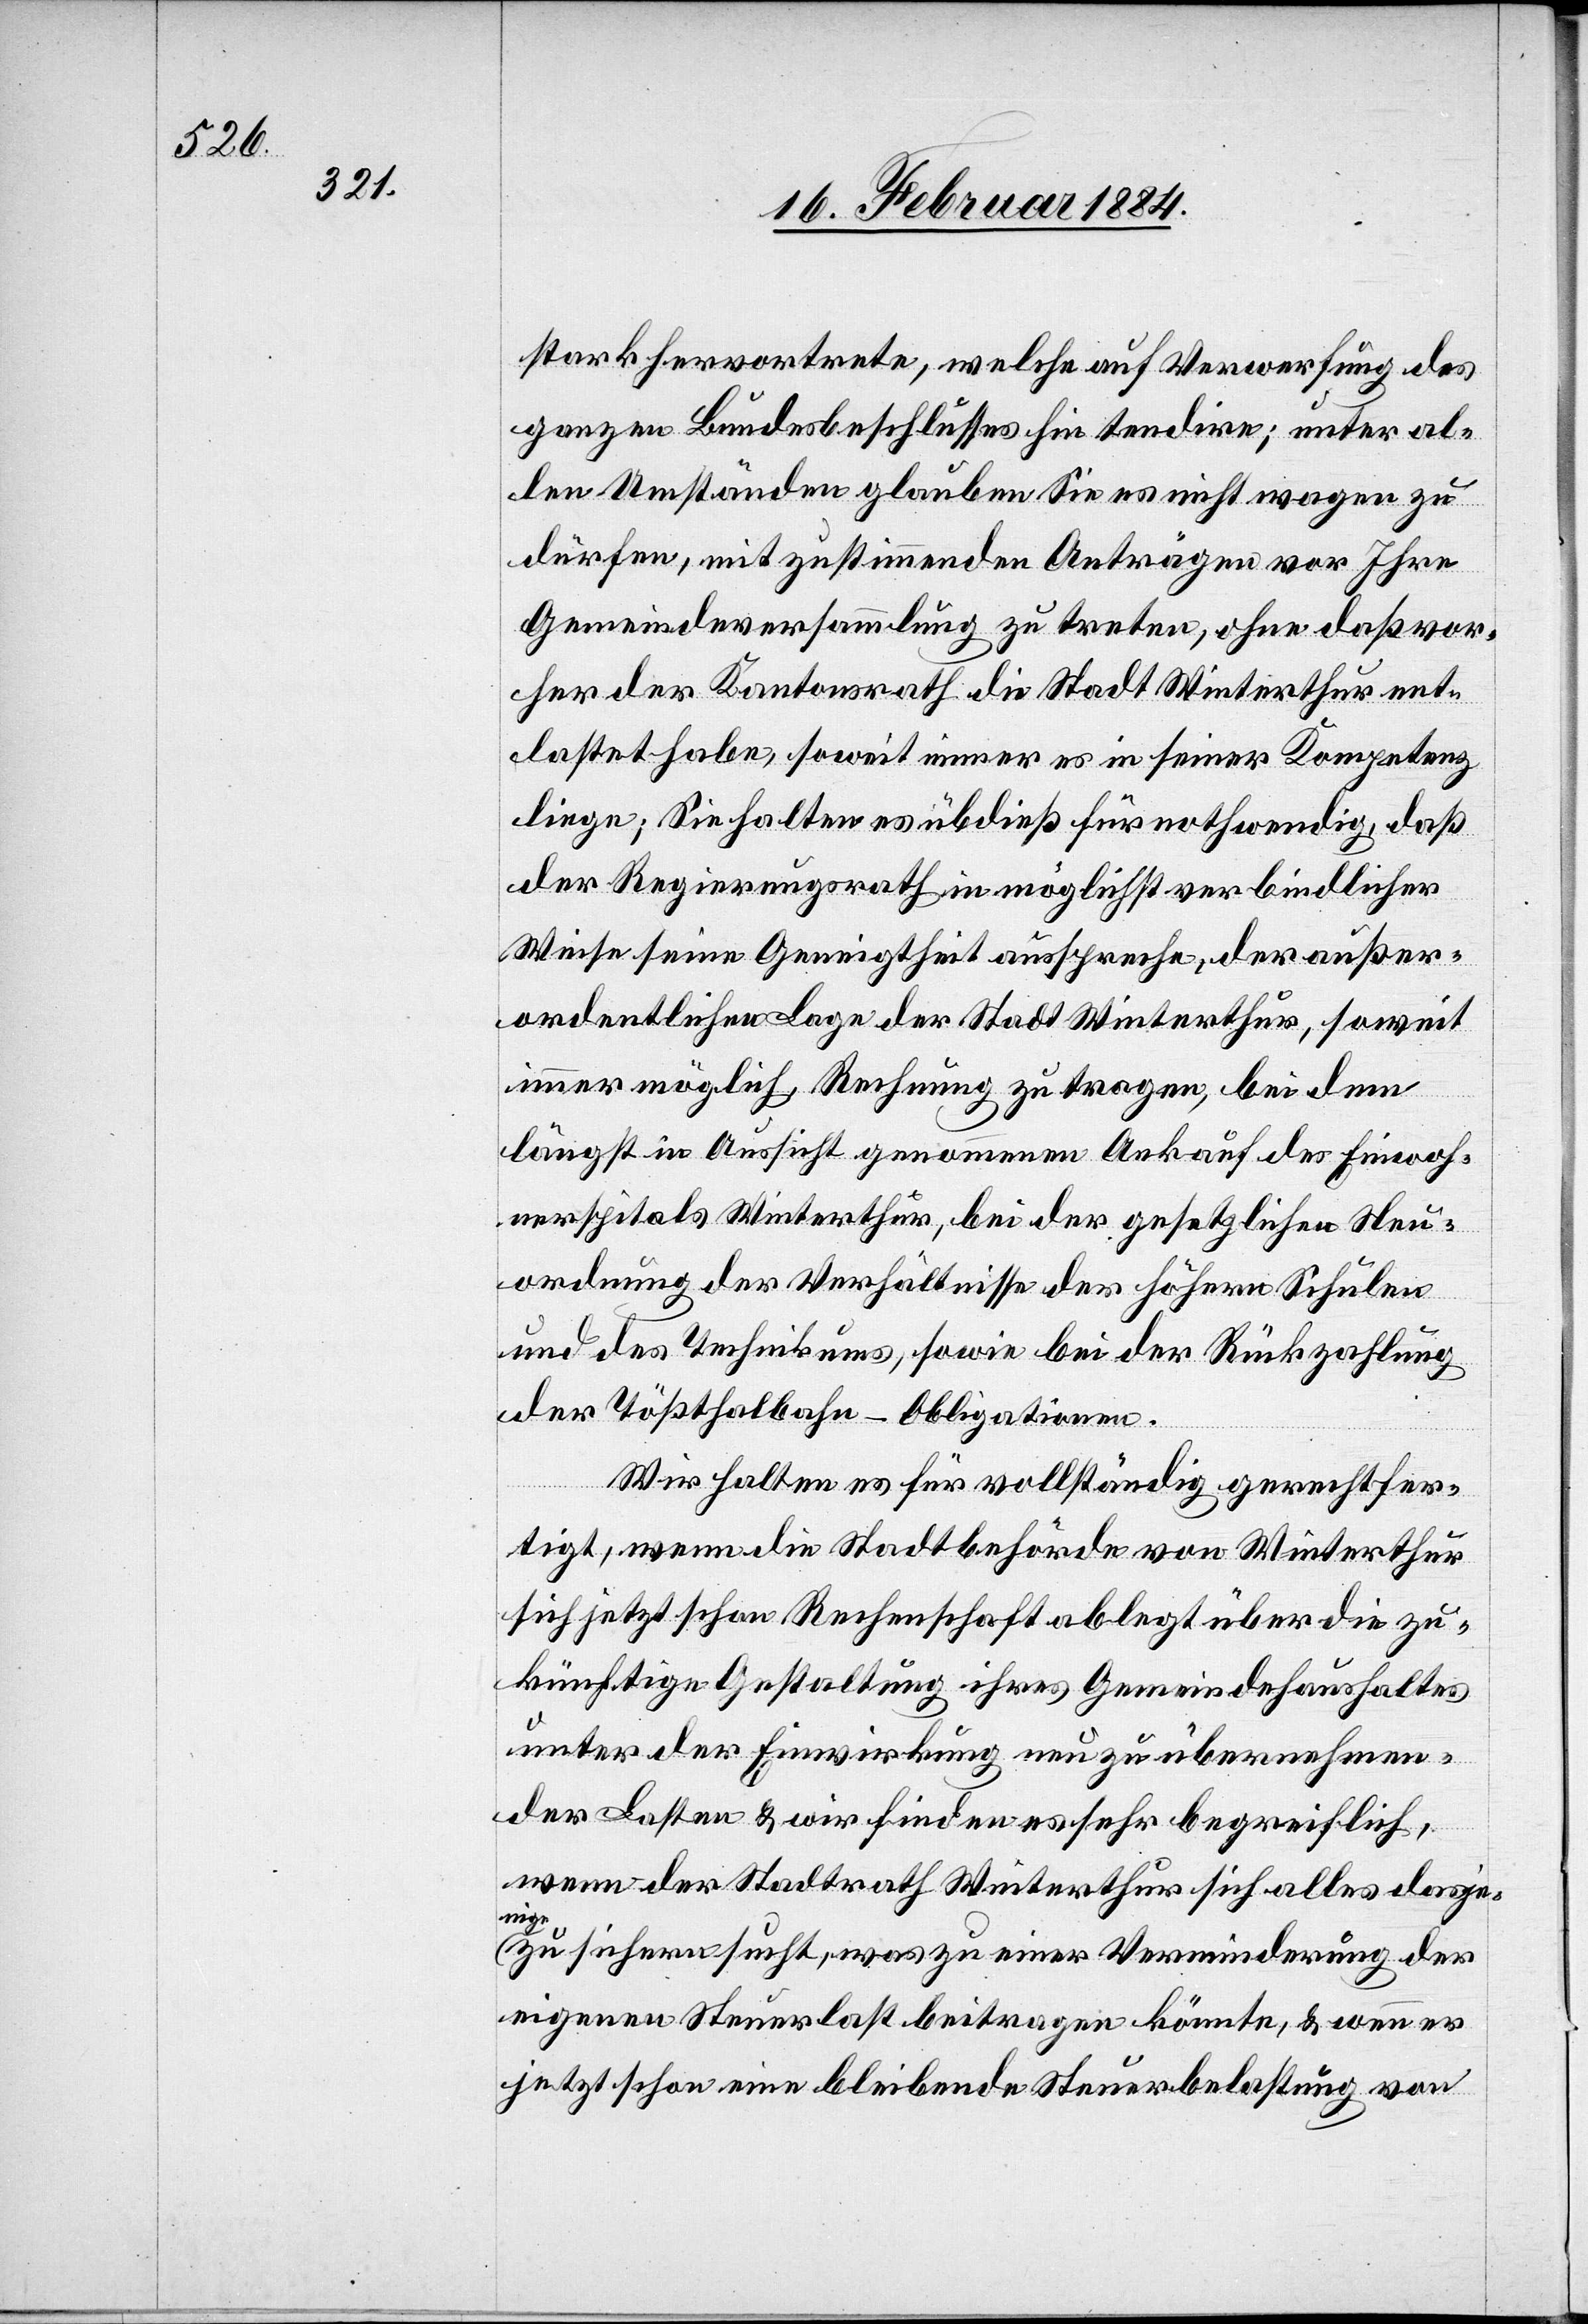
stark hervortrete, welche auf Verwerfung des
ganzen Bundesbeschlusses hin tendire, unter al¬
len Umständen glauben Sie es nicht wagen zu
dürfen, mit zustimmenden Anträgen vor Ihre
Gemeindsversammlung zu treten, ohne daß vor¬
her der Kantonsrath die Stadt Winterthur ent¬
lastet habe, soweit immer es in seiner Kompetenz
liege; Sie halten es überdieß für nothwendig, daß
der Regierungsrath in möglichst verbindlicher
Weise seine Geneigtheit ausspreche, der außer¬
ordentlichen Lage der Stadt Winterthur, soweit
immer möglich Rechnung zu tragen, bei dem
längst in Aussicht genommenen Ankauf des Einwoh¬
nerspitals Winterthur, bei der gesetzlichen Neu¬
ordnung der Verhältnisse der höhern Schulen
und des Technikums, sowie bei der Rückzahlung
der Tößthalbahn-Obligationen.
Wir halten es für vollständig gerechtfer¬
tigt, wenn die Stadtbehörde von Winterthur
sich jetzt schon Rechenschaft ablegt über die zu¬
künftige Gestaltung ihres Gemeindehaushaltes
unter der Einwirkung neu zu übernehmen¬
den Lasten & wir finden es sehr begreiflich,
wenn der Stadtrath Winterthur sich alles dasje¬
nige
zu sichern sucht, was zu einer Verminderung der
eigenen Steuerlast beitragen könnte, & wenn er
jetzt schon eine bleibenden Steuerbelastung von